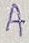
Text: A